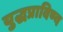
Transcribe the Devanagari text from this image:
युद्धप्राविण्य